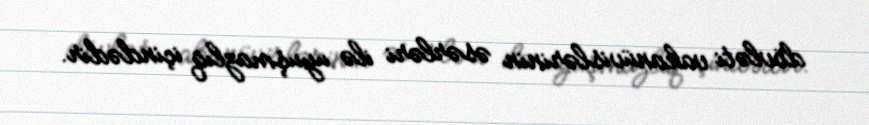
dövləti vakanüvislərinin əsərləri ilə uyuşmazlıq içindədir.